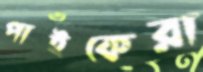
পাইকেরা